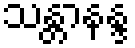
သန္တာနန္ဒ